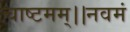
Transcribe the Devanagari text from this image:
चाष्टमम्।।नवमं